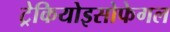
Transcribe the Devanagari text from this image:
ट्रेकियोइसोफेगल